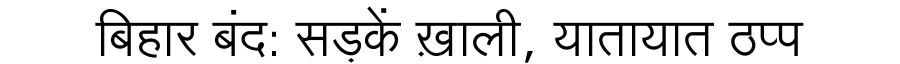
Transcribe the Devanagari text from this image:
बिहार बंद: सड़कें ख़ाली, यातायात ठप्प